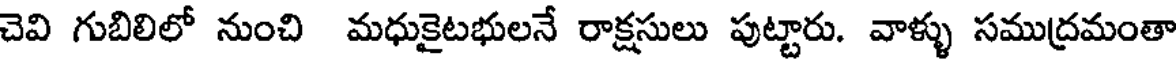
చెవి గుబిలిలో నుంచి మధుకైటభులనే రాక్షసులు పుట్టారు. వాళ్ళు సముద్రమంతా